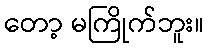
တော့ မကြိုက်ဘူး။